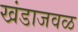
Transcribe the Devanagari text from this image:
खंडाजवळ